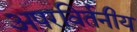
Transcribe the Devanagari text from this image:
अपरविर्तनीय